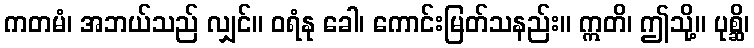
ကတမံ၊ အဘယ်သည် လျှင်။ ဝရံနု ခေါ၊ ကောင်းမြတ်သနည်း။ ဣတိ၊ ဤသို့။ ပုစ္ဆိ၊